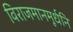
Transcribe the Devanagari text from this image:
विराजमानमूर्धनि